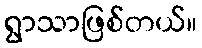
ရွာသာဖြစ်တယ်။